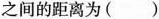
之间的距离为()